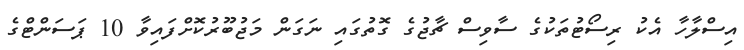
އިސްލާހާ އެކު ރިސޯޓުތަކުގެ ސާވިސް ޗާޖުގެ ގޮތުގައި ނަގަން މަޖުބޫރުކޮށްފައިވާ 10 ޕަސަންޓްގެ